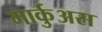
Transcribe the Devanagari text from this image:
मार्कुअस